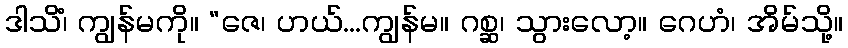
ဒါသိံ၊ ကျွန်မကို။ “ဇေ၊ ဟယ်...ကျွန်မ။ ဂစ္ဆ၊ သွားလော့။ ဂေဟံ၊ အိမ်သို့။